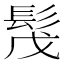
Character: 𩬕